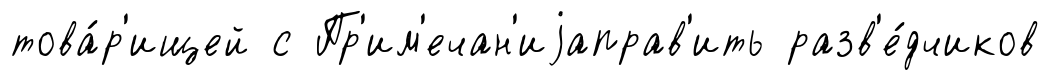
това́р'ищей с Пр'им'ечан'иjаправ'ить разв'е́дчиков